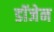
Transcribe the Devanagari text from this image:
डॉजेन